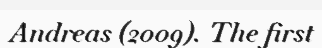
Andreas (2009). The first